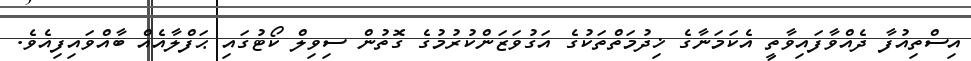
އިސްތިއުފާ ދެއްވާފައިވާތީ އެކަމަނާގެ ޚިދުމަތްތަކުގެ އަގުވަޒަންކުރުމުގެ ގޮތުން ސިވިލް ކޯޓުގައި ޙަފްލާއެއް ބާއްވައިފިއެވެ.